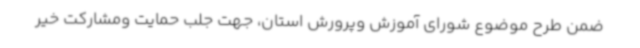
ضمن طرح موضوع شورای آموزش وپرورش استان، جهت جلب حمایت ومشارکت خیر